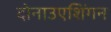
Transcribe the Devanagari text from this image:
दोनाउएशिंगन